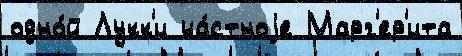
одно́й Лукк'и ча́стноjе Марг'ер'ита